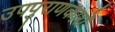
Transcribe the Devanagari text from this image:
उपपुराणकारों